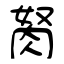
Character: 胬